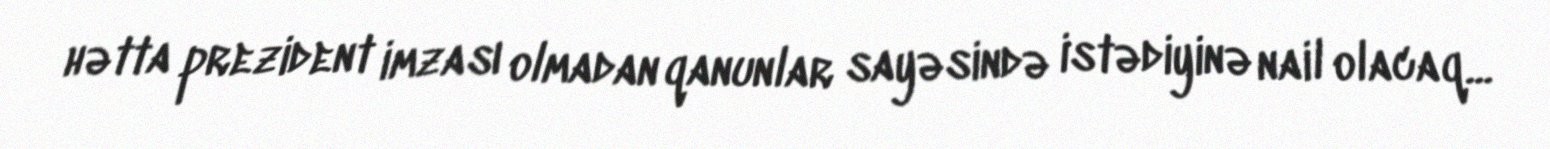
hətta prezident imzası olmadan qanunlar sayəsində istədiyinə nail olacaq...